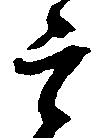
言